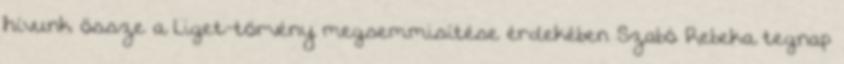
hívunk össze a Liget-törvény megsemmisítése érdekében Szabó Rebeka tegnap